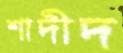
শাদীদ